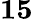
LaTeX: \mathbf{15}